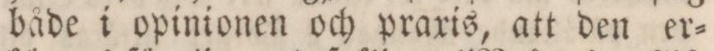
både i opinionen och praxis, att den er=